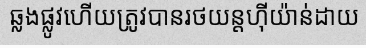
ឆ្លងផ្លូវហើយត្រូវបានរថយន្តហ៊ីយ៉ាន់ដាយ